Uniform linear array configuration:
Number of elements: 4
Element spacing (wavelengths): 0.25
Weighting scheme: kaiser
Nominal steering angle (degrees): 15
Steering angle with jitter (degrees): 14.509
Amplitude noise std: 0.05
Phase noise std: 0.05

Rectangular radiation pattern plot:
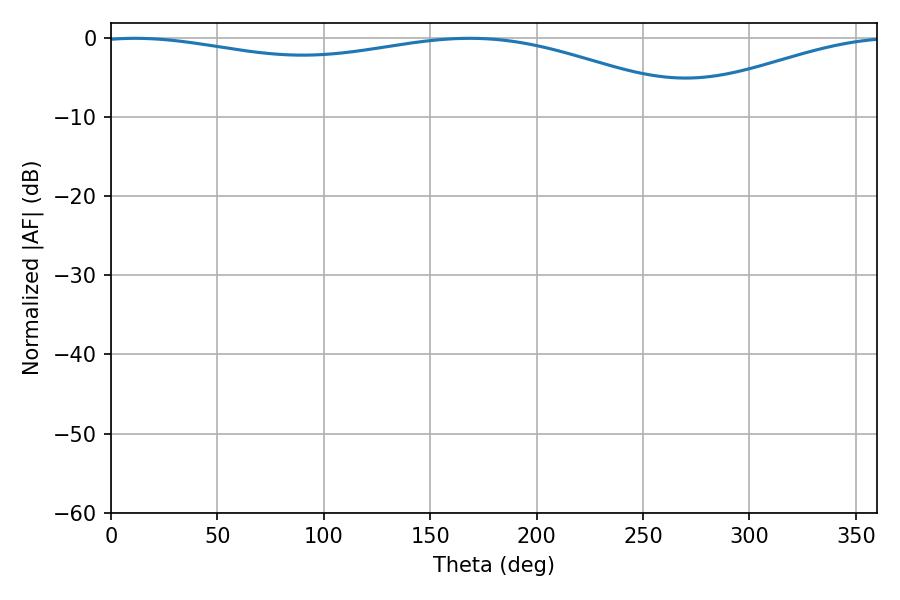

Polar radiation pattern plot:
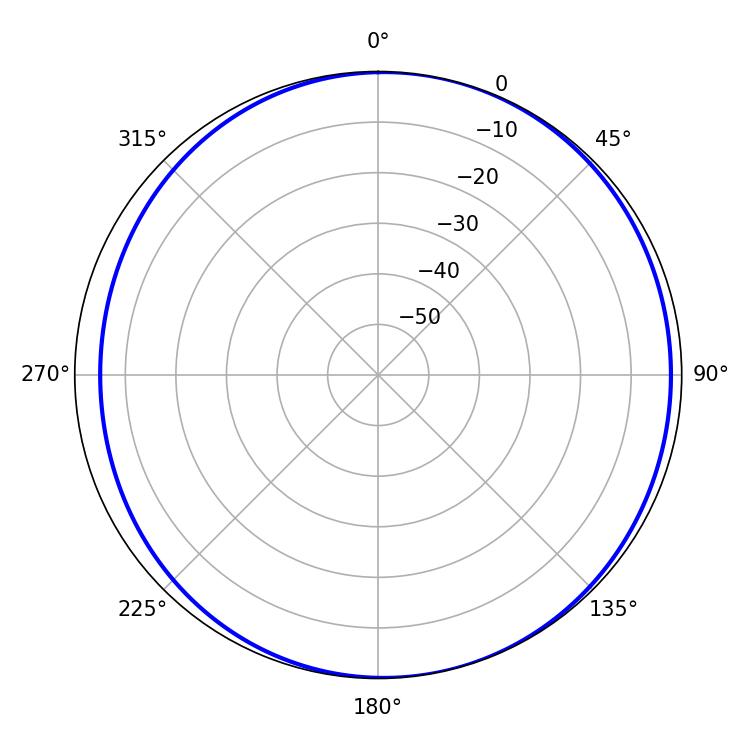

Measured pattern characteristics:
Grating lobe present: FALSE
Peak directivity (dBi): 5.563
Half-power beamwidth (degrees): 228.78
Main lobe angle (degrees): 11.34